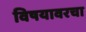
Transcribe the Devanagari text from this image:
विषयावरचा